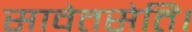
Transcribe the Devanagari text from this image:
सावेतसेति।